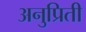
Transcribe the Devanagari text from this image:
अनुप्रिती